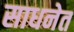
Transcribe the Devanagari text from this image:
साधनेत